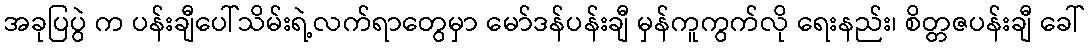
အခုပြပွဲ က ပန်းချီပေါ်သိမ်းရဲ့လက်ရာတွေမှာ မော်ဒန်ပန်းချီ မှန်ကူကွက်လို ရေးနည်း၊ စိတ္တဇပန်းချီ ခေါ်